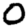
Digit: 0